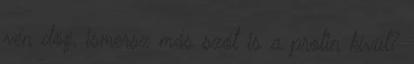
vén dög, ismersz más szót is a prolin kívül?